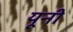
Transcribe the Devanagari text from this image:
यूनी